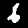
Label: 6